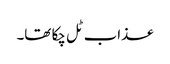
عذاب ٹل چکا تھا۔